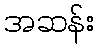
အဆန်း